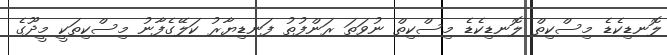
ލޮނޑިކެޑެ މިސްކިތް ލޮނޑިކެޑެ މިސްކިތް ނުވަތަ ރަންފުތު ފަނޑިޔާރު ކަލޭގެފާނު މިސްކިތަކީ މީދޫގެ